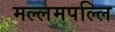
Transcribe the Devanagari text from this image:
मल्लमपल्लि